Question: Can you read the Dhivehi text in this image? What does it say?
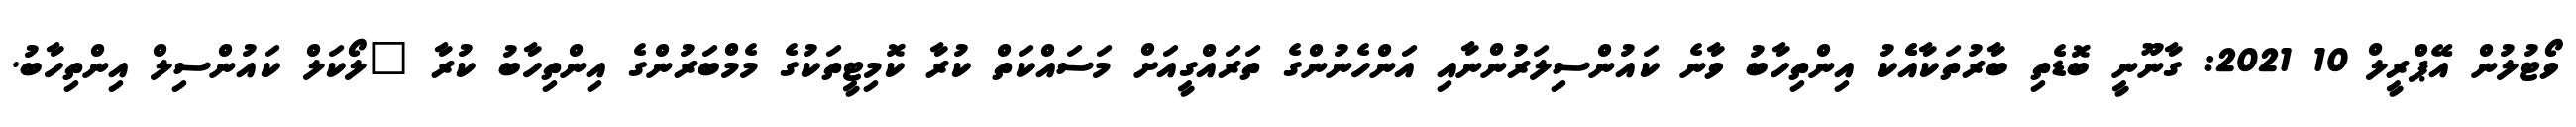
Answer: ވޯޓުލުން އޭޕްރީލް 10 2021: ގާނޫނީ ބޮޑެތި ބާރުތަކާއެެކު އިންތިހާބު ވާނެ ކައުންސިލަރުންނާއި އަންހެނުންގެ ތަރައްގީއަށް މަސައްކަތް ކުރާ ކޮމިޓީތަކުގެ މެމްބަރުންގެ އިންތިހާބު ކުރާ "ލޯކަލް ކައުންސިލް އިންތިހާބު.